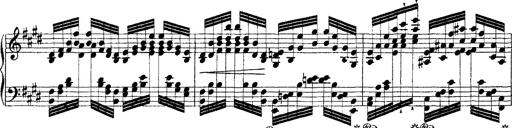
Title: Ã‰tudes d'exÃ©cution transcendante d'aprÃ¨s Paganini
Composer: Franz Liszt